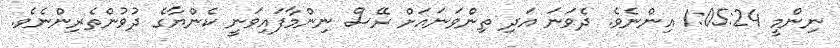
ނިންމީ 1:05:24 އިންނެވެ. ދެވަނަ އަދި ތިންވަނައަށް ރޭސް ނިންމާފައިވަނީ ކެންޔާގެ ދުވުންތެރިންނެވެ.